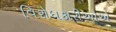
વિરોધકારીઓએ